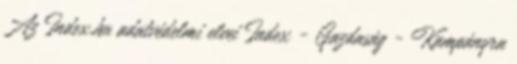
Az Index.hu adatvédelmi elvei Index - Gazdaság - Kampányra